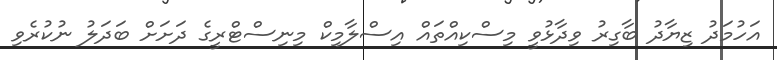
އަހުމަދު ޒިޔާދު ބާގިރު ވިދާޅުވީ މިސްކިއްތައް އިސްލާމިކް މިނިސްޓްރީގެ ދަށަށް ބަދަލު ނުކުރެވި